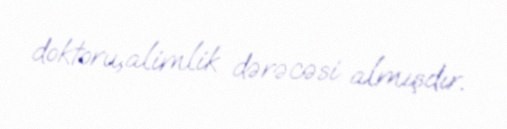
doktoru,alimlik dərəcəsi almışdır.